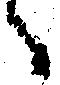
々